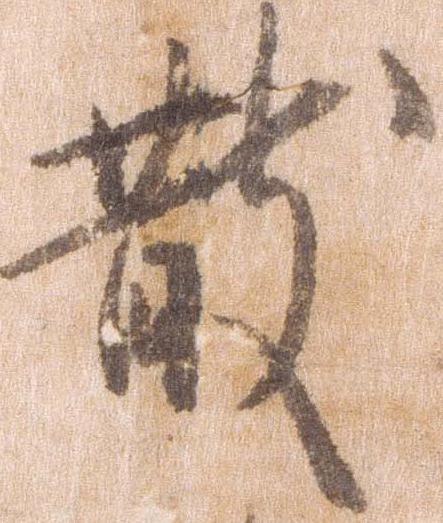
散